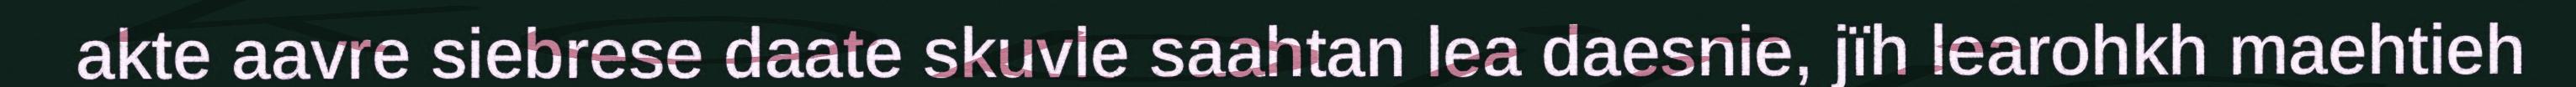
akte aavre siebrese daate skuvle saahtan lea daesnie, jïh learohkh maehtieh